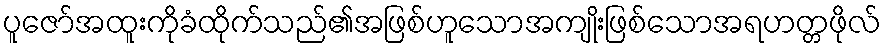
ပူဇော်အထူးကိုခံထိုက်သည်၏အဖြစ်ဟူသောအကျိုးဖြစ်သောအရဟတ္တဖိုလ်